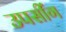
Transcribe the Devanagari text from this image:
उपसींग